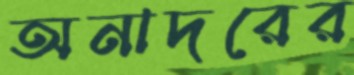
অনাদরের